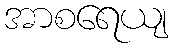
အာစရေယျ